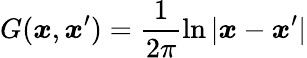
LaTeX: \displaystyle G(\boldsymbol{x},\boldsymbol{x}^{\prime})=\frac{1}{2\pi}\ln|\boldsymbol{x}-\boldsymbol{x}^{\prime}|